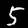
Label: 5